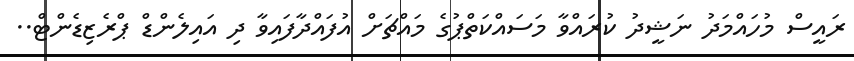
ރައީސް މުހައްމަދު ނަޝީދު ކުރައްވާ މަސައްކަތްޕުގެ މައްޗަށް އުފައްދާފައިވާ ދި އައިލެންޑް ޕްރެޒިޑެންޓް..